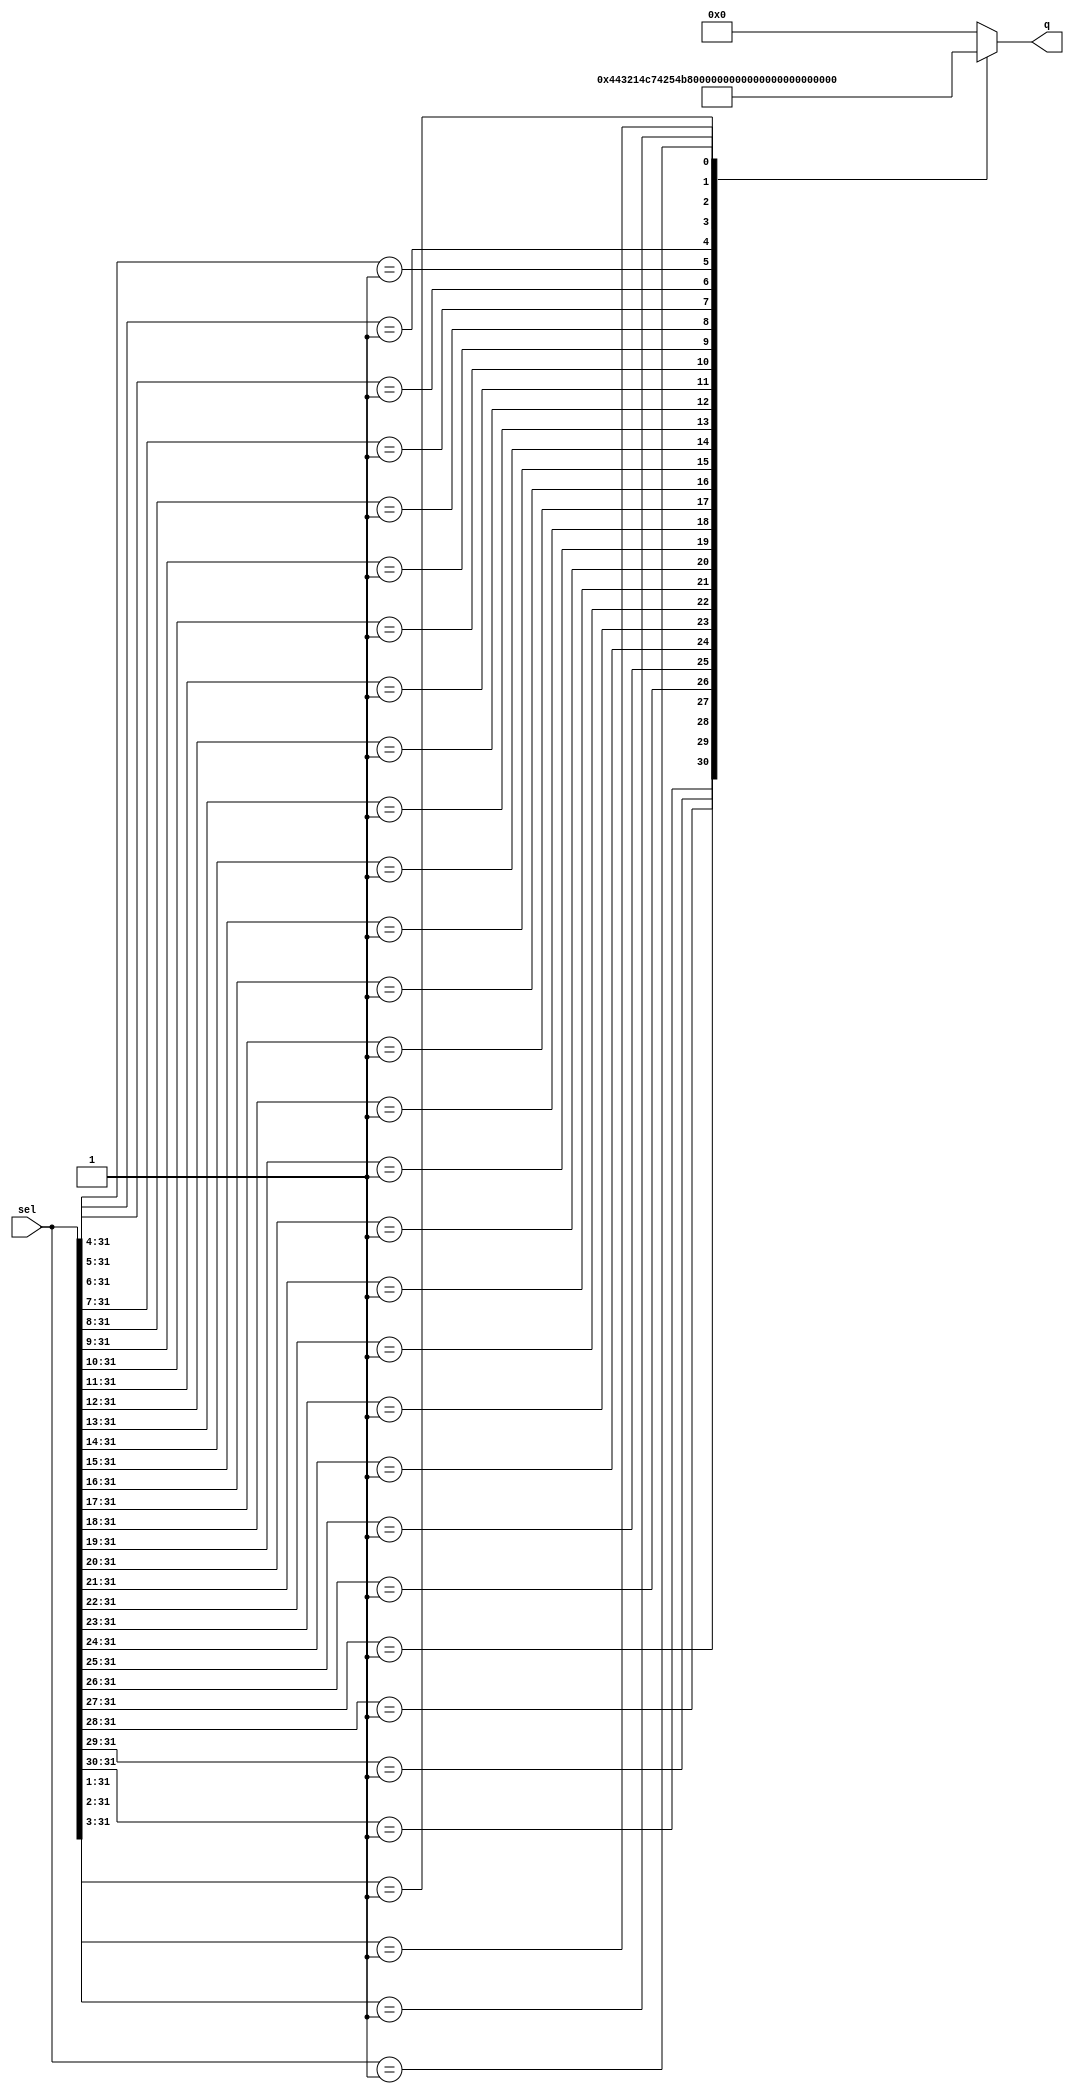

module test
  (output reg [4:0]  q,
   input wire [31:0] sel
   /* */);

   always @* begin
      casez (sel)
	32'b1zzz_zzzz_zzzz_zzzz__zzzz_zzzz_zzzz_zzzz: q = 5'd0;
	32'b01zz_zzzz_zzzz_zzzz__zzzz_zzzz_zzzz_zzzz: q = 5'd1;
	32'b001z_zzzz_zzzz_zzzz__zzzz_zzzz_zzzz_zzzz: q = 5'd2;
	32'b0001_zzzz_zzzz_zzzz__zzzz_zzzz_zzzz_zzzz: q = 5'd3;
	32'b0000_1zzz_zzzz_zzzz__zzzz_zzzz_zzzz_zzzz: q = 5'd4;
	32'b0000_01zz_zzzz_zzzz__zzzz_zzzz_zzzz_zzzz: q = 5'd5;
	32'b0000_001z_zzzz_zzzz__zzzz_zzzz_zzzz_zzzz: q = 5'd6;
	32'b0000_0001_zzzz_zzzz__zzzz_zzzz_zzzz_zzzz: q = 5'd7;

	32'b0000_0000_1zzz_zzzz__zzzz_zzzz_zzzz_zzzz: q = 5'd8;
	32'b0000_0000_01zz_zzzz__zzzz_zzzz_zzzz_zzzz: q = 5'd9;
	32'b0000_0000_001z_zzzz__zzzz_zzzz_zzzz_zzzz: q = 5'd10;
	32'b0000_0000_0001_zzzz__zzzz_zzzz_zzzz_zzzz: q = 5'd11;
	32'b0000_0000_0000_1zzz__zzzz_zzzz_zzzz_zzzz: q = 5'd12;
	32'b0000_0000_0000_01zz__zzzz_zzzz_zzzz_zzzz: q = 5'd13;
	32'b0000_0000_0000_001z__zzzz_zzzz_zzzz_zzzz: q = 5'd14;
	32'b0000_0000_0000_0001__zzzz_zzzz_zzzz_zzzz: q = 5'd15;

	32'b0000_0000_0000_0000__1zzz_zzzz_zzzz_zzzz: q = 5'd16;
	32'b0000_0000_0000_0000__01zz_zzzz_zzzz_zzzz: q = 5'd17;
	32'b0000_0000_0000_0000__001z_zzzz_zzzz_zzzz: q = 5'd18;
	32'b0000_0000_0000_0000__0001_zzzz_zzzz_zzzz: q = 5'd19;
	32'b0000_0000_0000_0000__0000_1zzz_zzzz_zzzz: q = 5'd20;
	32'b0000_0000_0000_0000__0000_01zz_zzzz_zzzz: q = 5'd21;
	32'b0000_0000_0000_0000__0000_001z_zzzz_zzzz: q = 5'd22;
	32'b0000_0000_0000_0000__0000_0001_zzzz_zzzz: q = 5'd23;

	32'b0000_0000_0000_0000__0000_0000_1zzz_zzzz: q = 5'd24;
	32'b0000_0000_0000_0000__0000_0000_01zz_zzzz: q = 5'd25;
	32'b0000_0000_0000_0000__0000_0000_001z_zzzz: q = 5'd26;
	32'b0000_0000_0000_0000__0000_0000_0001_zzzz: q = 5'd27;
	32'b0000_0000_0000_0000__0000_0000_0000_1zzz: q = 5'd28;
	32'b0000_0000_0000_0000__0000_0000_0000_01zz: q = 5'd29;
	32'b0000_0000_0000_0000__0000_0000_0000_001z: q = 5'd30;
	32'b0000_0000_0000_0000__0000_0000_0000_0001: q = 5'd31;
	default: q = 5'd0;
      endcase
   end // always @ *

endmodule // test

module main;
   reg [31:0] sel;
   wire [4:0] q;

   test dut (.q(q), .sel(sel));

   integer    idx;
   integer    rept;
   reg [31:0] mask, setb;
   initial begin
      sel = 0;
      #1 if (q !== 5'd0) begin
	 $display("FAILED -- sel=%b, q=%b", sel, q);
	 $finish;
      end

      for (idx = 0 ; idx < 32 ; idx = idx+1) begin
	 mask = 32'h7fff_ffff >> idx;
	 setb = mask + 32'd1;
	 for (rept = 0 ; rept < 4 ; rept = rept+1) begin
	    sel = setb | (mask & $random);
	    #1 if (q !== idx[4:0]) begin
	       $display("FAILED -- sel=%b, q=%b, idx=%0d", sel, q, idx);
	       $finish;
	    end
	 end
      end

      $display("PASSED");
   end
endmodule